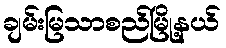
ချမ်းမြသာစည်မြို့နယ်